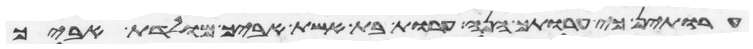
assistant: ערותן כי ערותך הנה ערות בת אשת אביך מולדת אביך